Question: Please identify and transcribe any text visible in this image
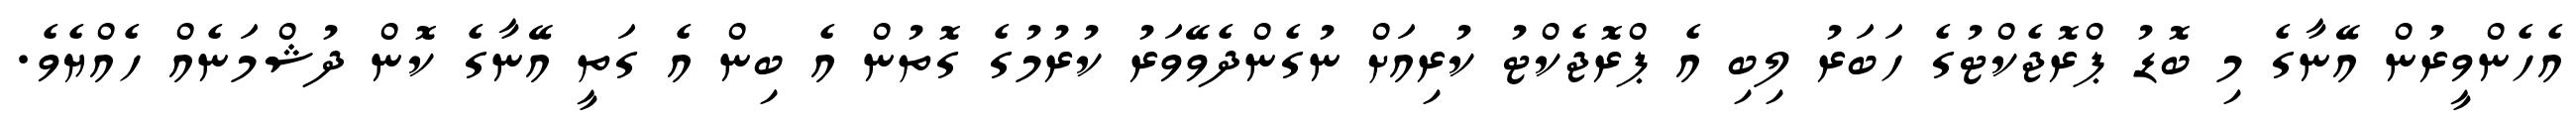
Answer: އެހެންވީރުން އޭނާގެ މި ބޮޑު ޕްރޮޖެކްޓުގެ ހަބަރު ލިބި އެ ޕްރޮޖެކްޓު ކުރިއަށް ނުގެންދެވޭވަރު ކުރުމުގެ ގޮތުން އެ ބިން އެ ގަތީ އޭނާގެ ކޮން ދުޝްމަނެއް ހެއްޔެވެ.